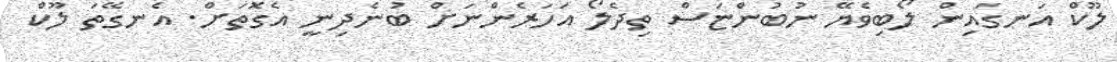
ލޫކް އަނގައިން ލޯބިވެޔޭ ނުބުންޏަސް ތިދެލޯ އަހަރެންނަށް ބުނެދިނީ އެގޮތަށް. އެނގޭތަ ލޫކް